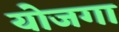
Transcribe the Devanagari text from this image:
योजगा